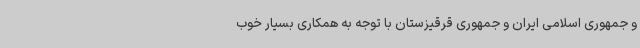
و جمهوری اسلامی ایران و جمهوری قرقیزستان با توجه به همکاری بسیار خوب